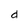
Character: d